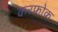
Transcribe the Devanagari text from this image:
करफोक